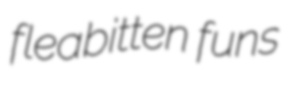
fleabitten funs